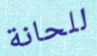
للحانة